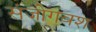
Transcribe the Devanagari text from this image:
संजोगवश